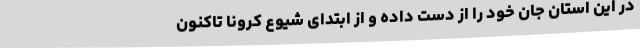
در این استان جان خود را از دست داده و از ابتدای شیوع کرونا تاکنون